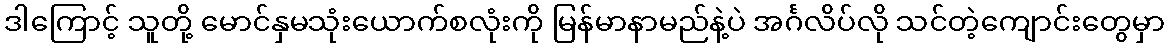
ဒါကြောင့် သူတို့ မောင်နှမသုံးယောက်စလုံးကို မြန်မာနာမည်နဲ့ပဲ အင်္ဂလိပ်လို သင်တဲ့ကျောင်းတွေမှာ